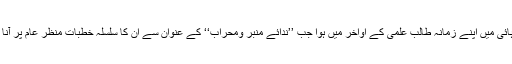
۹۰ء کی دہائی میں اپنے زمانہ طالب علمی کے اواخر میں ہوا جب ’’ندائے منبر ومحراب‘‘ کے عنوان سے ان کا سلسلہ خطبات منظر عام پر آنا شروع ہوا۔